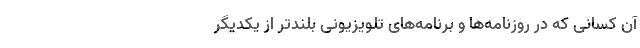
آن کسانی که در روزنامه‌ها و برنامه‌های تلویزیونی بلندتر از یکدیگر